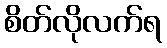
စိတ်လိုလက်ရ